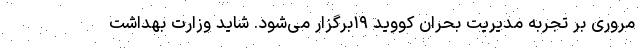
مروری بر تجربه مدیریت بحران کووید ۱۹برگزار می‌شود. شاید وزارت بهداشت